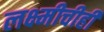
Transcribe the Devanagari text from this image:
लक्ष्मीचीही